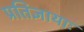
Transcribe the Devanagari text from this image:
प्रतिज्ञायाः